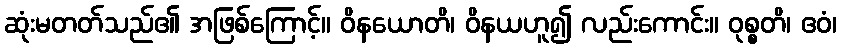
ဆုံးမတတ်သည်၏ အဖြစ်ကြောင့်။ ဝိနယောတိ၊ ဝိနယဟူ၍ လည်းကောင်း။ ဝုစ္စတိ၊ ဧဝံ၊